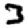
Digit: 3